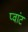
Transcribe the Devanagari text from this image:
प्वांट